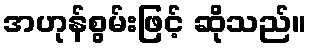
အဟုန်စွမ်းဖြင့် ဆိုသည်။